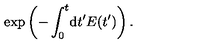
\exp \left( - \int _ { 0 } ^ { t } \! \mathrm { d } t ^ { \prime } E ( t ^ { \prime } ) \right) .